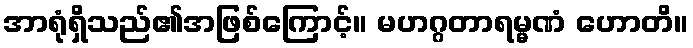
အာရုံရှိသည်၏အဖြစ်ကြောင့်။ မဟဂ္ဂတာရမ္မဏံ ဟောတိ။